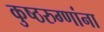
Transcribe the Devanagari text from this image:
कुष्ठरुग्णांना